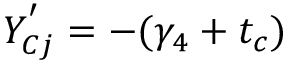
Y _ { C j } ^ { ' } = - ( \gamma _ { 4 } + t _ { c } )